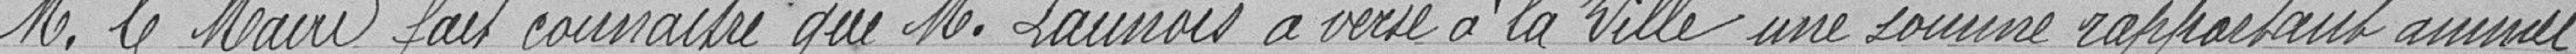
M. le Maire fait connaître que M. Launois a versé à la ville une somme rapportant annuel-